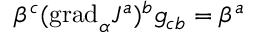
\beta ^ { c } ( \mathrm { g r a d } _ { \alpha } J ^ { a } ) ^ { b } g _ { c b } = \beta ^ { a }